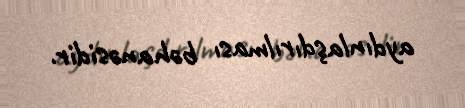
aydınlaşdırılması bəhanəsidir.